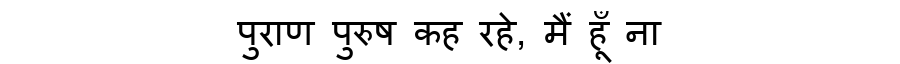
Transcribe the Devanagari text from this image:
पुराण पुरुष कह रहे, मैं हूँ ना